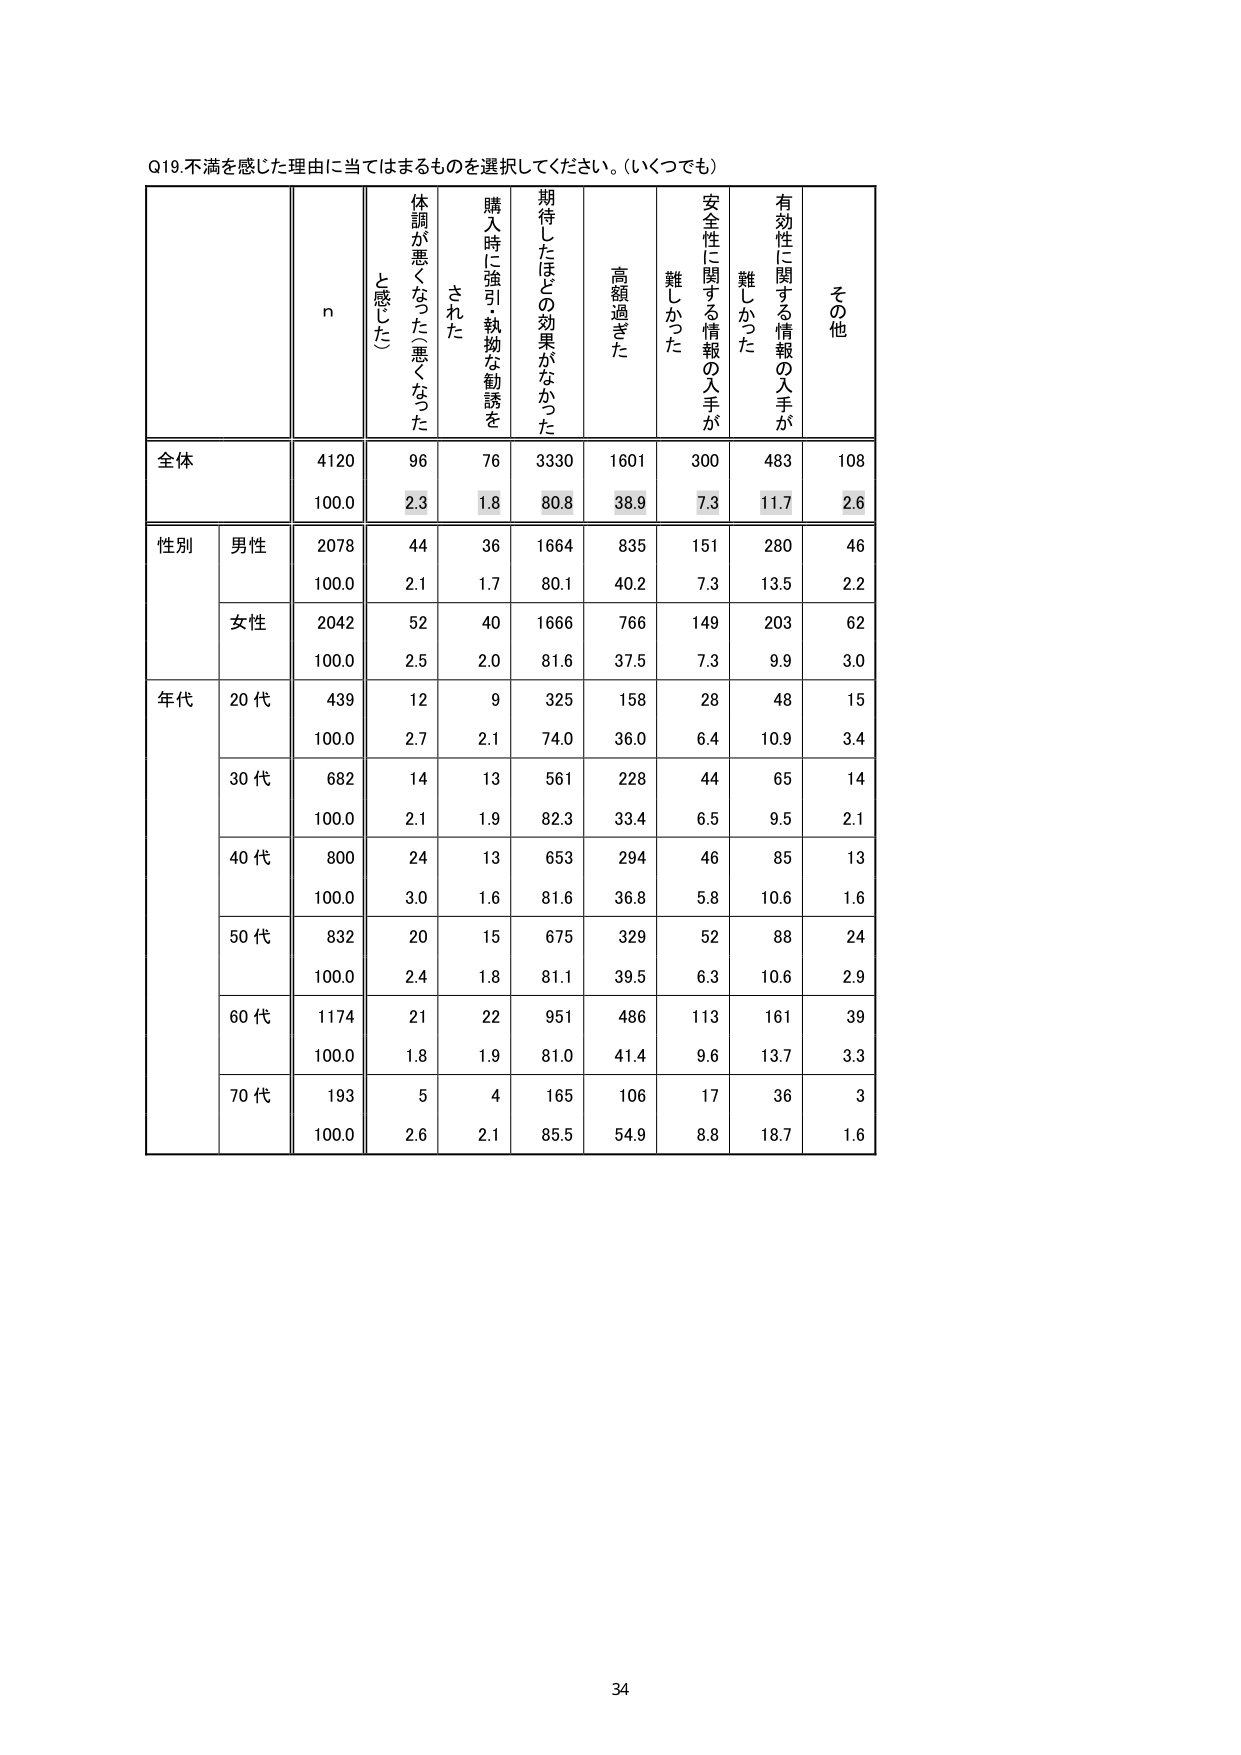
Q19.不満を感じた理由に当てはまるものを選択してください。(いくつでも)

n
体調が悪くなった(悪くなったと感じた)
購入時に強引・執拗な勧誘をされた
期待したほどの効果がなかった
高額過ぎた
安全性に関する情報の入手が難しかった
有効性に関する情報の入手が難しかった
その他

全体
4120
96
76
3330
1601
300
483
108
100.0
2.3
1.8
80.8
38.9
7.3
11.7
2.6

性別
男性
2078
44
36
1664
835
151
280
46
100.0
2.1
1.7
80.1
40.2
7.3
13.5
2.2
女性
2042
52
40
1666
766
149
203
62
100.0
2.5
2.0
81.6
37.5
7.3
9.9
3.0

年代
20代
439
12
9
325
158
28
48
15
100.0
2.7
2.1
74.0
36.0
6.4
10.9
3.4
30代
682
14
13
561
228
44
65
14
100.0
2.1
1.9
82.3
33.4
6.5
9.5
2.1
40代
800
24
13
653
294
46
85
13
100.0
3.0
1.6
81.6
36.8
5.8
10.6
1.6
50代
832
20
15
675
329
52
88
24
100.0
2.4
1.8
81.1
39.5
6.3
10.6
2.9
60代
1174
21
22
951
486
113
161
39
100.0
1.8
1.9
81.0
41.4
9.6
13.7
3.3
70代
193
5
4
165
106
17
36
3
100.0
2.6
2.1
85.5
54.9
8.8
18.7
1.6

34